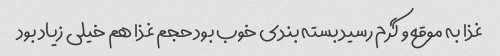
غذا به موقع و گرم رسید بسته بندی خوب بود حجم غذا هم خیلی زیاد بود